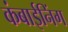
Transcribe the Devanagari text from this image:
कंबाईनिंग